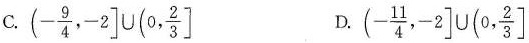
C. $$\left ( - \frac { 9 } { 4 } , - 2 \right ] \cup \left ( 0 , \frac { 2 } { 3 } \right ]$$ D. $$\left ( - \frac { 1 1 } { 4 } , - 2 \right ] \cup \left ( 0 , \frac { 2 } { 3 } \right ]$$